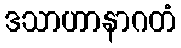
ဒသာဟာနာဂတံ